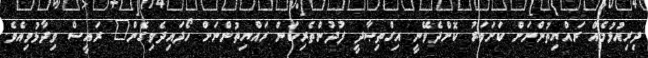
ދިރިއުޅުމެއް ރައްޔިތުންނަށް ކަށަވަރު ކޮށްދެވޭނީ އިގްތިޞާދީ ފުދުންތެރިކަން ރައްޔިތުންނަށް ހޯދައިދެވިގެން" ރައީސް ވިދާޅުވިއެވެ.